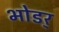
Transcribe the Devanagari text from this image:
भोडर्